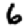
Digit: 6